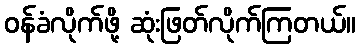
ဝန်ခံလိုက်ဖို့ ဆုံးဖြတ်လိုက်ကြတယ်။